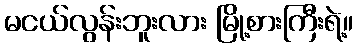
မငယ်လွန်းဘူးလား မြို့စားကြီးရဲ့။